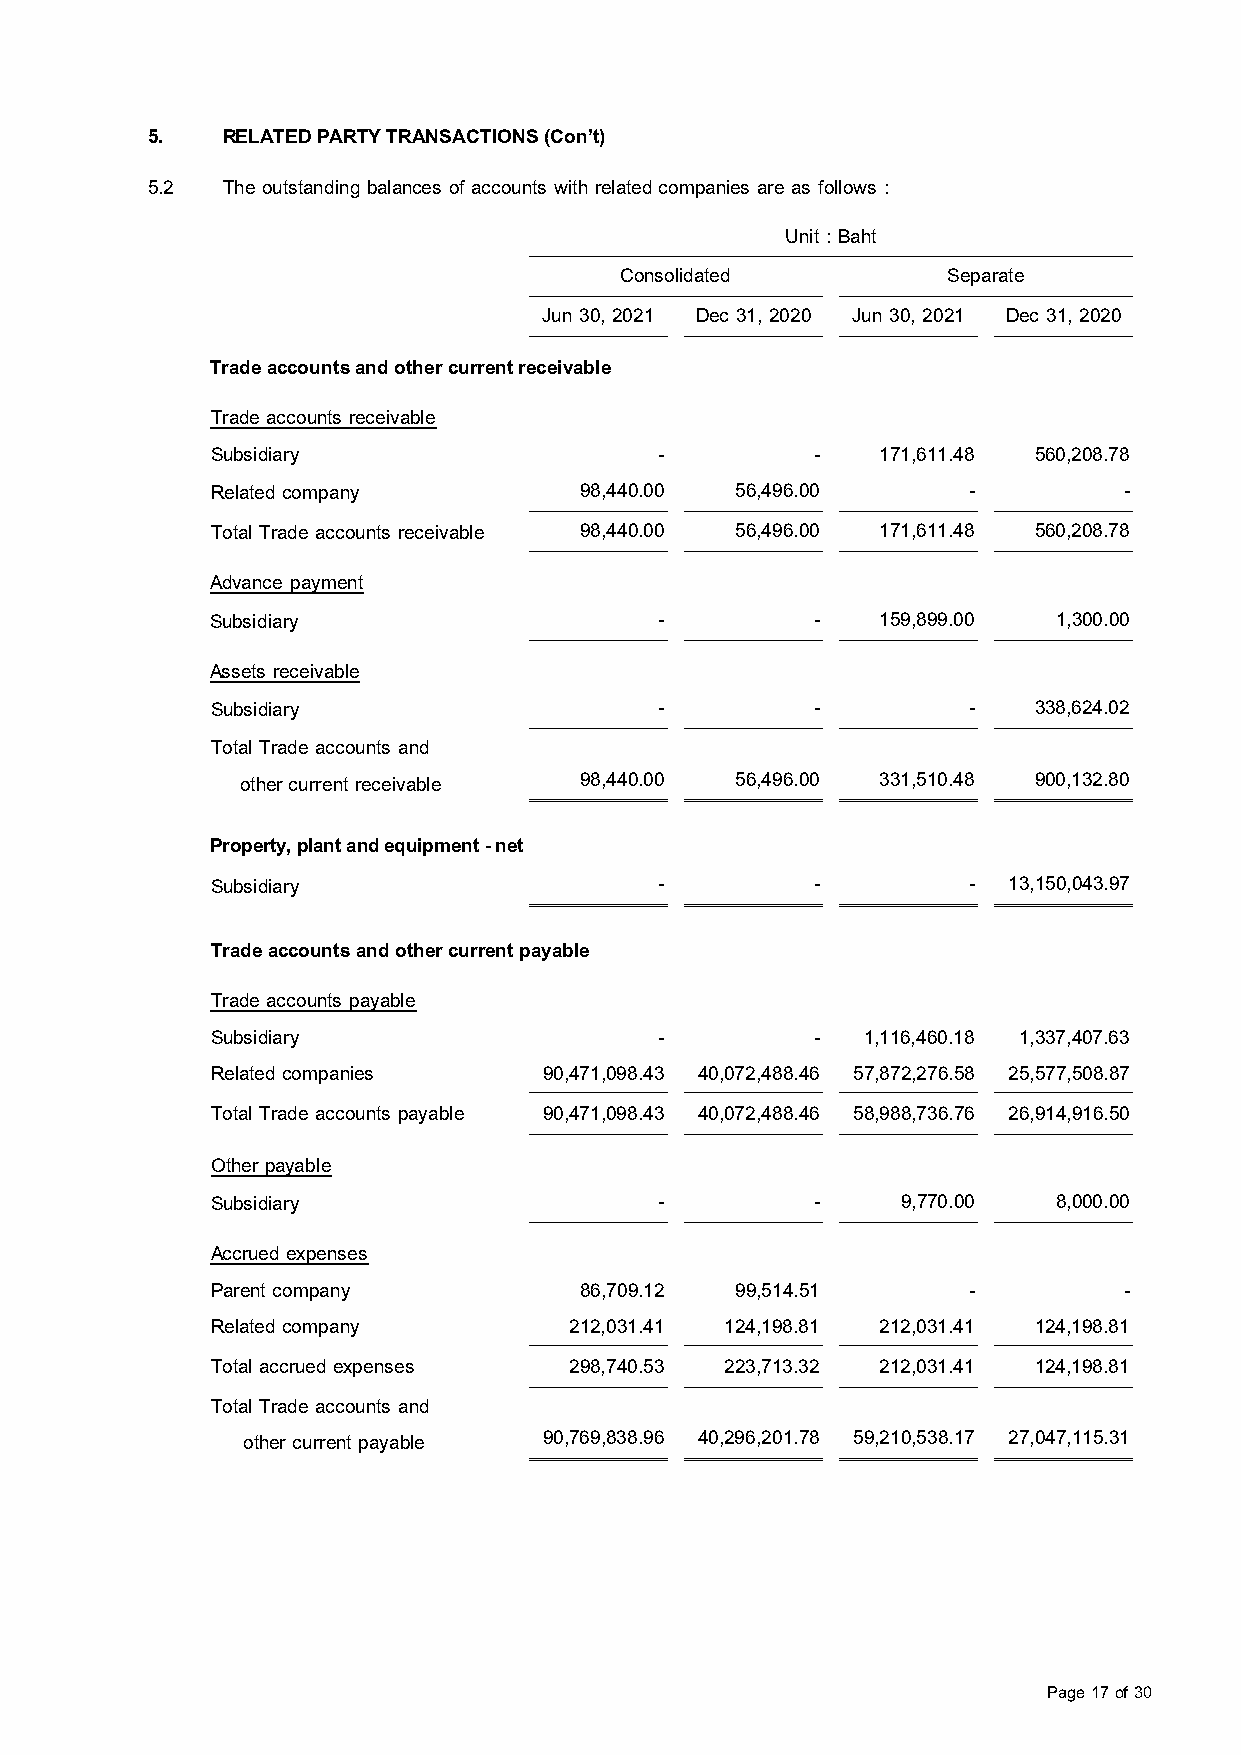
5.   RELATED PARTY TRANSACTIONS (Con’t)
 5.2  The outstanding balances of accounts with related companies are as follows :
 Unit : Baht
 Consolidated          Separate
 Jun 30, 2021 Dec 31, 2020 Jun 30, 2021 Dec 31, 2020
 Trade accounts and other current receivable
 Trade accounts receivable
 Subsidiary                    -         -   171,611.48 560,208.78
 Related company         98,440.00  56,496.00      -         -
 Total Trade accounts receivable 98,440.00 56,496.00 171,611.48 560,208.78
 Advance payment
 Subsidiary                    -         -   159,899.00  1,300.00
 Assets receivable
 Subsidiary                    -         -         -   338,624.02
 Total Trade accounts and
 other current receivable 98,440.00 56,496.00 331,510.48 900,132.80
 Property, plant and equipment - net
 Subsidiary                    -         -         -  13,150,043.97
 Trade accounts and other current payable
 Trade accounts payable
 Subsidiary                    -         -  1,116,460.18 1,337,407.63
 Related companies     90,471,098.43 40,072,488.46 57,872,276.58 25,577,508.87
 Total Trade accounts payable 90,471,098.43 40,072,488.46 58,988,736.76 26,914,916.50
 Other payable
 Subsidiary                    -         -     9,770.00  8,000.00
 Accrued expenses
 Parent company          86,709.12  99,514.51      -         -
 Related company         212,031.41 124,198.81 212,031.41 124,198.81
 Total accrued expenses  298,740.53 223,713.32 212,031.41 124,198.81
 Total Trade accounts and
 other current payable 90,769,838.96 40,296,201.78 59,210,538.17 27,047,115.31
 Page 17 of 30